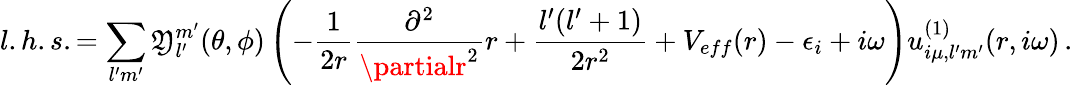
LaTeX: l.h.s.=\sum_{l^{\prime}m^{\prime}}\mathfrak{Y}_{l^{\prime}}^{m^{\prime}}(\theta,\phi)\left(-\frac{{1}}{{2r}}\frac{{\partial^{2}}}{{\partialr^{2}}}r+\frac{{l^{\prime}(l^{\prime}+1)}}{{2r^{2}}}+V_{eff}(r)-\epsilon_{i}+i\omega\right)u_{i\mu,l^{\prime}m^{\prime}}^{(1)}(r,i\omega)\, .